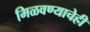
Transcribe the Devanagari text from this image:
मिळवण्याचेही